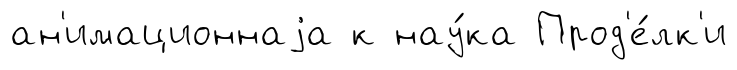
ан'имационнаjа к нау́ка Прод'е́лк'и